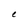
Character: e